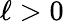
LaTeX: \ell>0